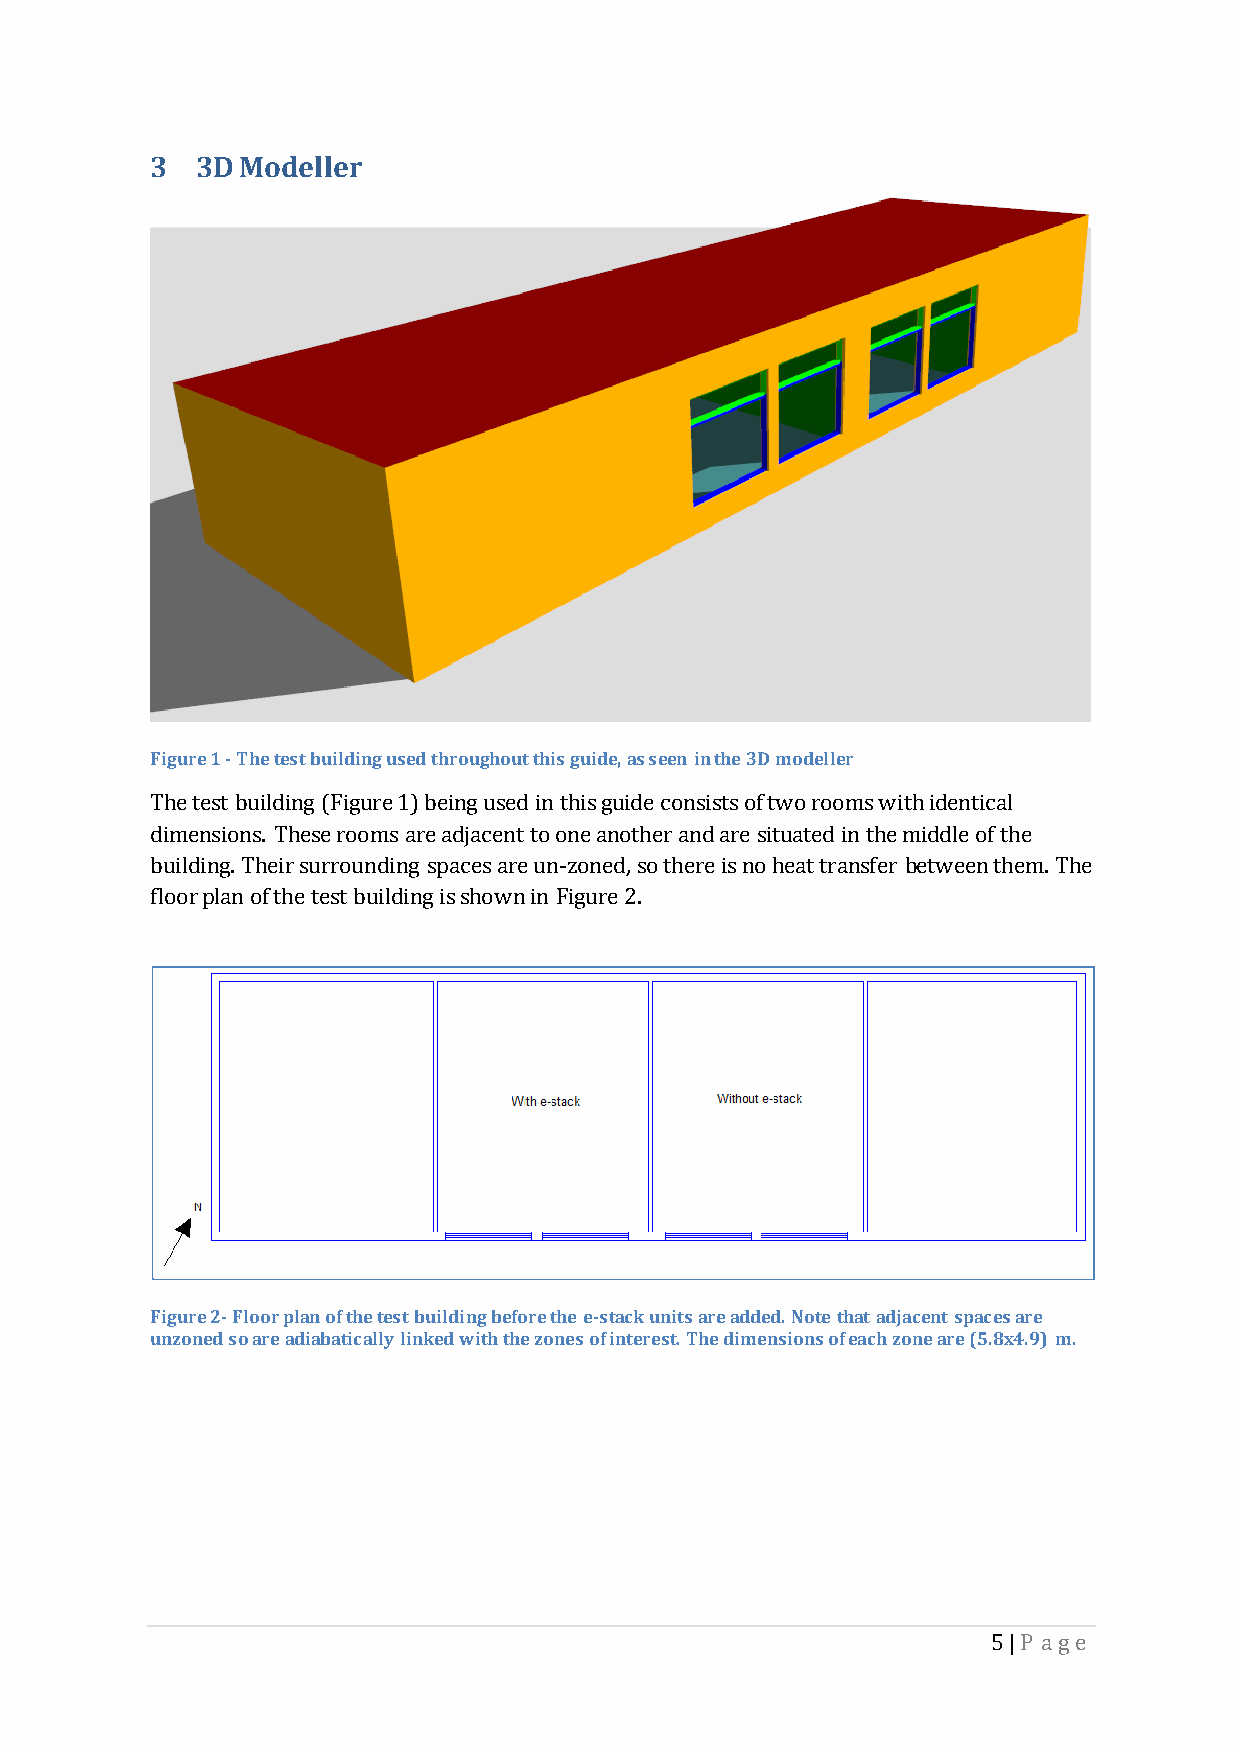
3  3D Modeller
 Figure 1 - The test building used throughout this guide, as seen in the 3D modeller
 The test building (Figure 1) being used in this guide consists of two rooms with identical
 dimensions. These rooms are adjacent to one another and are situated in the middle of the
 building. Their surrounding spaces are un-zoned, so there is no heat transfer between them. The
 floor plan of the test building is shown in Figure 2.
 Figure 2- Floor plan of the test building before the e-stack units are added. Note that adjacent spaces are
 unzoned so are adiabatically linked with the zones of interest. The dimensions of each zone are (5.8x4.9) m.
 5 | P age